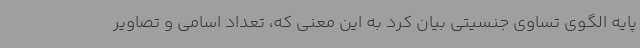
پایه الگوی تساوی جنسیتی بیان کرد به این معنی که، تعداد اسامی و تصاویر